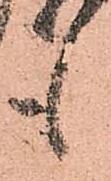
も